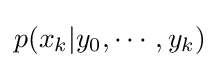
p(x_{k}|y_{0},\cdots ,y_{k})